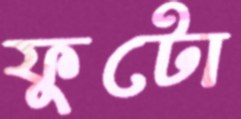
ফুটো